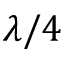
\lambda / 4